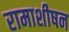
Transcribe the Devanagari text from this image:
रामाशीषन